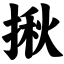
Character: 揪